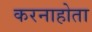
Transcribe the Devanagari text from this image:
करनाहोता